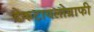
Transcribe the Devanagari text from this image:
डेकटायलोग्राफी